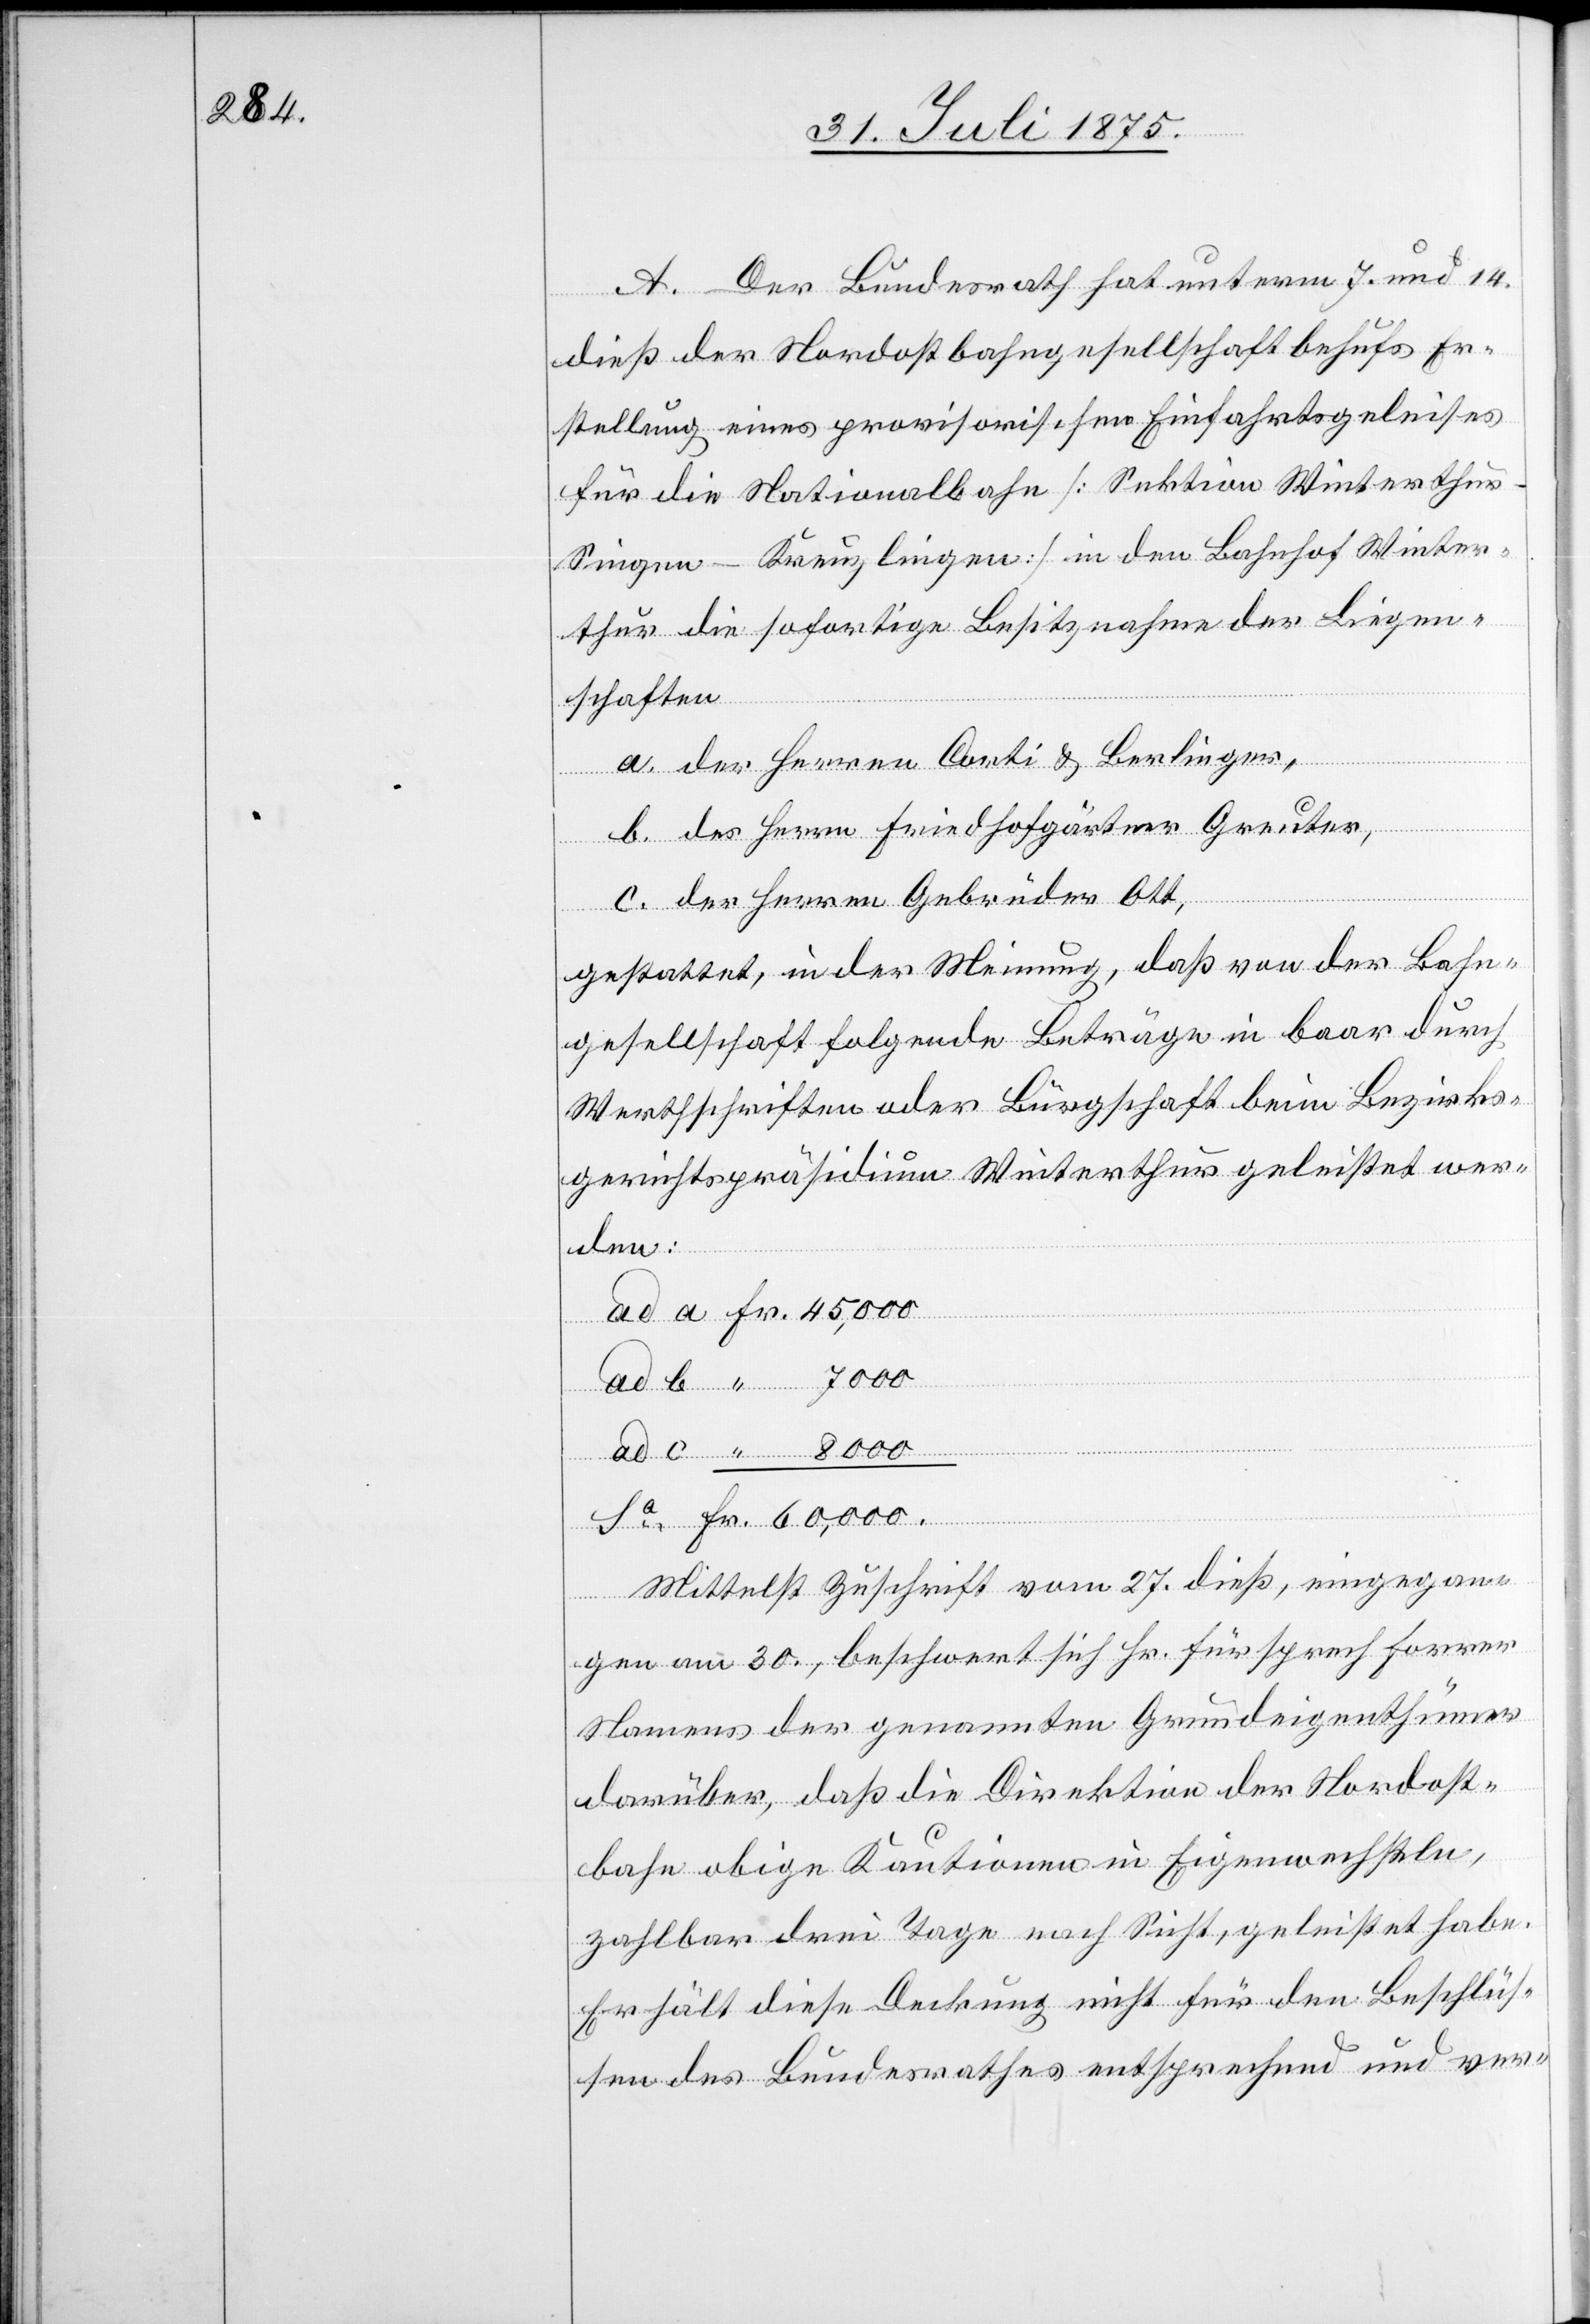
A. Der Bundesrath hat unterm 7. und 14.
dieß der Nordostbahngesellschaft behufs Er¬
stellung eines provisorischen Einfahrtsgeleises
für die Nationalbahn [Sektion Winterthu¬
r–Singen–Kreuzlingen] in den Bahnhof Winter¬
thur die sofortige Besitznahme der Liegen¬
schaften
a. der Herren Corti & Berlinger,
b. des Herrn Friedhofgärtner Greuter,
Fr.
c. der Herren Gebrüder Ott,
gestattet, in der Meinung, daß von der Bahn¬
gesellschaft folgende Beträge in baar durch
Werthschriften oder Bürgschaft beim Bezirks¬
gerichtspräsidium Winterthur geleistet wer¬
den:
Mittelst Zuschrift vom 27. dieß, eingegan¬
gen am 30., beschwert sich Hr. Fürsprech Forrer
Namens der genannten Grundeigenthümer
darüber, daß die Direktion der Nordost¬
bahn obige Kaution in Eigenwechseln,
zahlbar drei Tage nach Sicht, geleistet habe.
Er hält diese Deckung nicht für den Beschlüs¬
sen des Bundesrathes entsprechend und ver-